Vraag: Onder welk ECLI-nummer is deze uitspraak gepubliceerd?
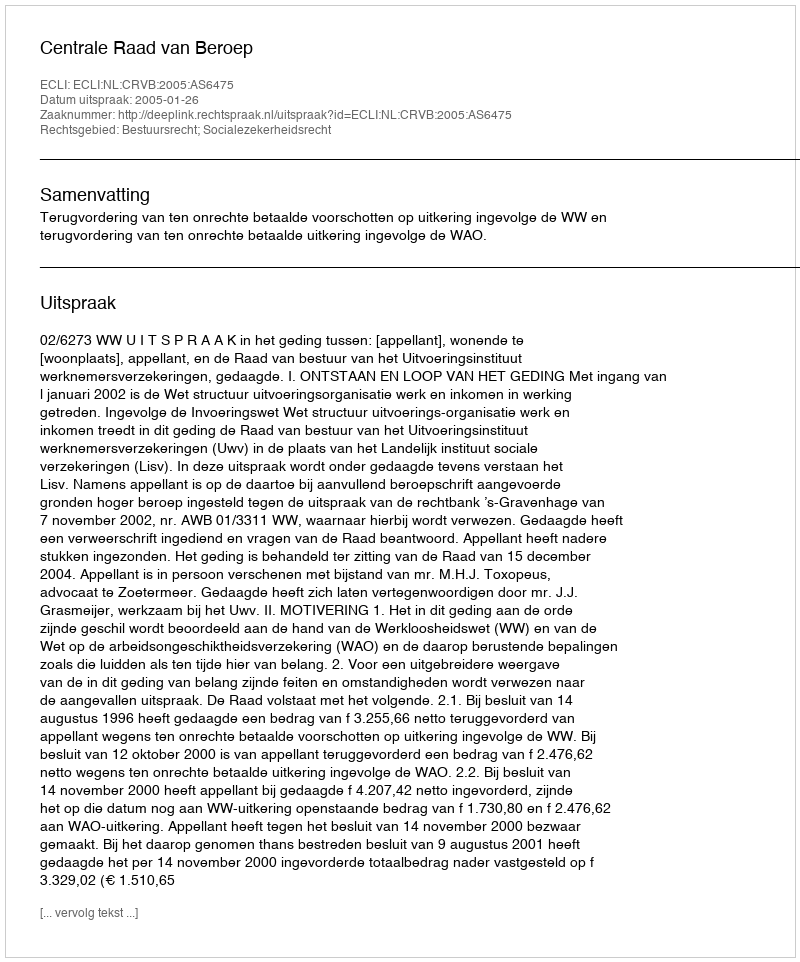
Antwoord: ECLI:NL:CRVB:2005:AS6475